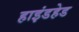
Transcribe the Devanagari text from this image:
हाइंडहेड